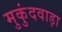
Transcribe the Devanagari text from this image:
मुकुंदवाड़ा